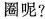
圈呢?